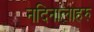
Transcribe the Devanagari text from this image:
नदिनालाहरु